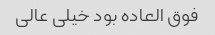
فوق العاده بود خیلی عالی